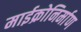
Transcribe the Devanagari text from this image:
माईक्रोनिर्माण